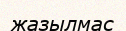
жазылмас